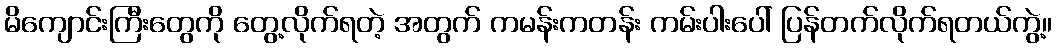
မိကျောင်းကြီးတွေကို တွေ့လိုက်ရတဲ့ အတွက် ကမန်းကတန်း ကမ်းပါးပေါ် ပြန်တက်လိုက်ရတယ်ကွဲ့။